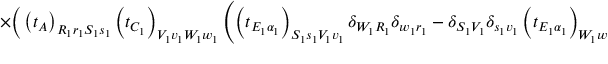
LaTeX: \times \bigg ( \left( t _ { A } \right) _ { R _ { 1 } r _ { 1 } S _ { 1 } s _ { 1 } } \left( t _ { C _ { 1 } } \right) _ { V _ { 1 } v _ { 1 } W _ { 1 } w _ { 1 } } \left( \left( t _ { E _ { 1 } \alpha _ { 1 } } \right) _ { S _ { 1 } s _ { 1 } V _ { 1 } v _ { 1 } } \delta _ { W _ { 1 } R _ { 1 } } \delta _ { w _ { 1 } r _ { 1 } } - \delta _ { S _ { 1 } V _ { 1 } } \delta _ { s _ { 1 } v _ { 1 } } \left( t _ { E _ { 1 } \alpha _ { 1 } } \right) _ { W _ { 1 } w _ { 1 } R _ { 1 } r _ { 1 } } \right) \bigg ) \times